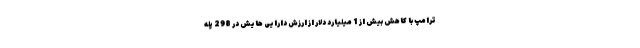
ترامپ با کاهش بیش از 1 میلیارد دلار از ارزش دارایی هایش در 298 پله